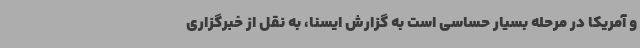
و آمریکا در مرحله بسیار حساسی است به گزارش ایسنا، به نقل از خبرگزاری